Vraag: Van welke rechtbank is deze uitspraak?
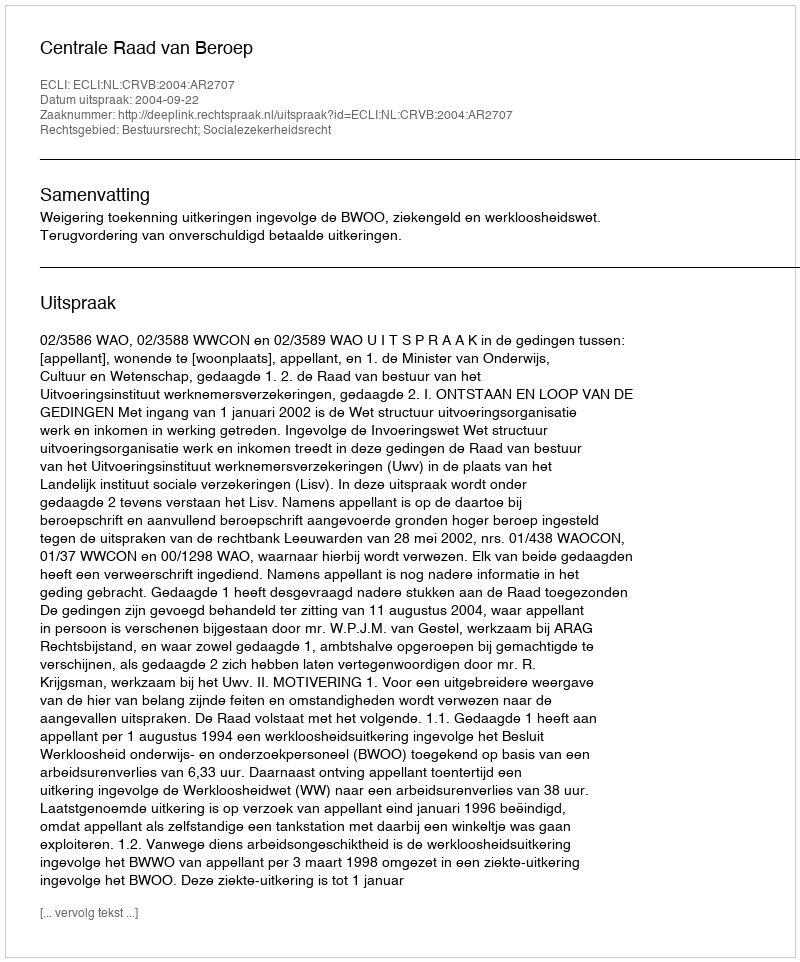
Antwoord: Centrale Raad van Beroep